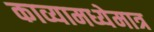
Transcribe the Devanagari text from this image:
काव्यामध्येमात्र